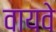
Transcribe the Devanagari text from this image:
वायवे